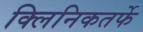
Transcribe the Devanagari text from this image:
क्‍लिनिकतर्फे